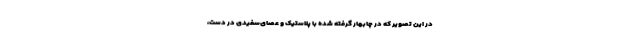
در این تصویر که در چابهار گرفته شده با پلاستیک و عصای‌سفیدی در دست،